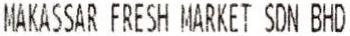
MAKASSAR FRESH MARKET SDN BHD